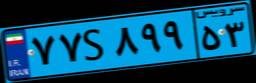
۷۹S۳۰۸۶۹